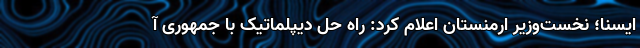
ایسنا؛ نخست‌وزیر ارمنستان اعلام کرد: راه حل دیپلماتیک با جمهوری آ